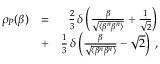
\begin{array} { r l r } { \rho _ { P } ( \beta ) } & { = } & { \frac { 2 } { 3 } \, \delta \left( \frac { \beta } { \sqrt { \langle \beta ^ { n } \beta ^ { n } \rangle } } + \frac { 1 } { \sqrt { 2 } } \right) } \\ & { + } & { \frac { 1 } { 3 } \, \delta \left( \frac { \beta } { \sqrt { \langle \beta ^ { n } \beta ^ { n } \rangle } } - \sqrt { 2 } \right) \, , } \end{array}